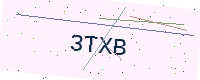
Text: 3TXB